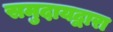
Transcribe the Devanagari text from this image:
समुदायद्वारा